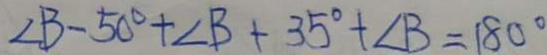
\angle B - 5 0 ^ { \circ } + \angle B + 3 5 ^ { \circ } + \angle B = 1 8 0 ^ { \circ }